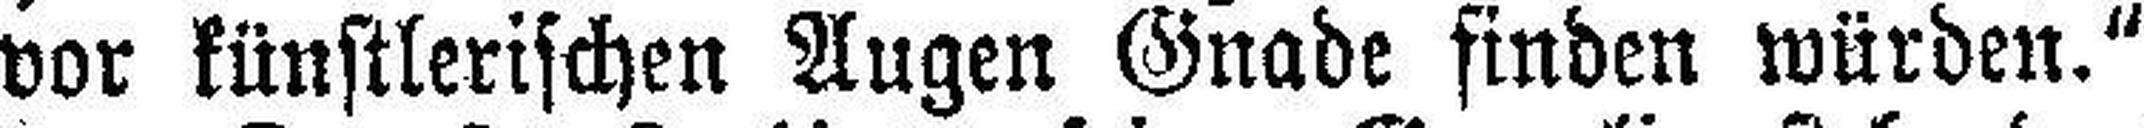
vor künstlerischen Augen Gnade finden würden."